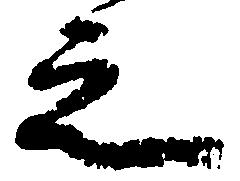
之